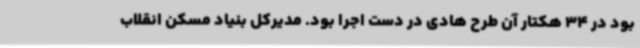
بود در 34 هکتار آن طرح هادی در دست اجرا بود. مدیرکل بنیاد مسکن انقلاب